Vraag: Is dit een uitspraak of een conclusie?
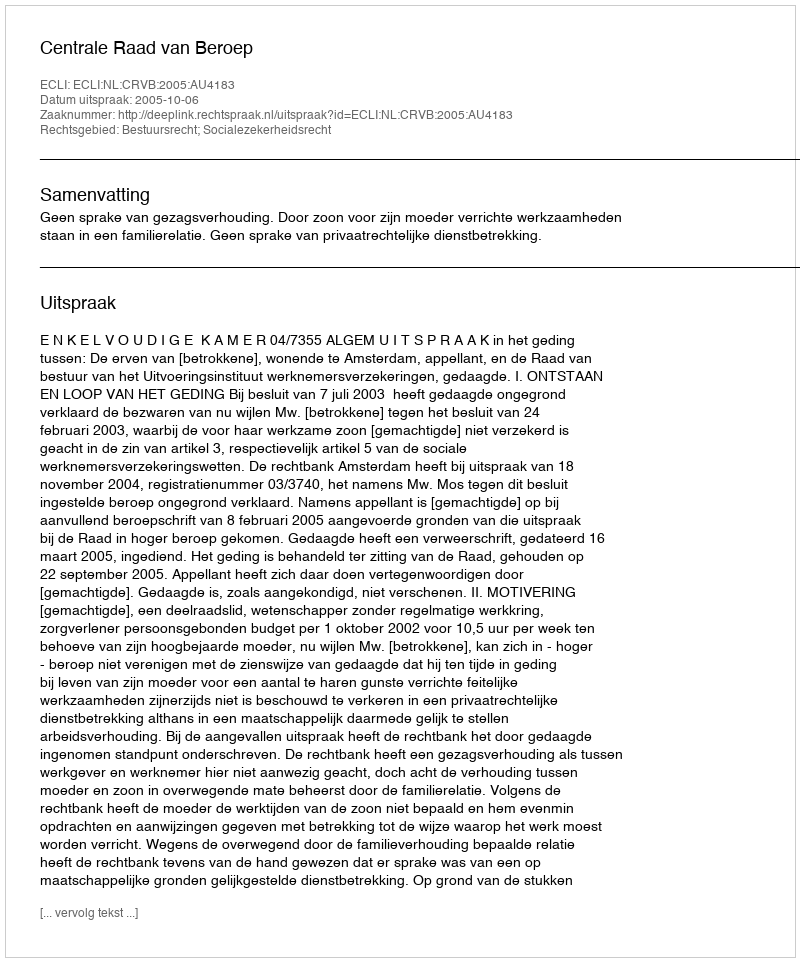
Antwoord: Uitspraak